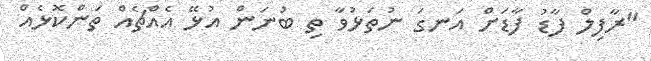
"ރާފިލް ފާޑު ފާޑަށް އަނގަ ނުތަޅުވާ ތި ބުނަން އުޅޭ އެއްޗެއް ތަންކޮޅެއް